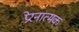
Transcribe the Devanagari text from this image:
प्रेरनात्मक